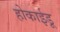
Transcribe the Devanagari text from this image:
होकाईडू